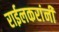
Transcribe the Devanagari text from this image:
राईलकरांनी